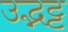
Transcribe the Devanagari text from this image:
उद्भट्ट